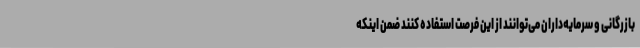
بازرگانی و سرمایه‌داران می‌توانند از این فرصت استفاده کنند ضمن اینکه